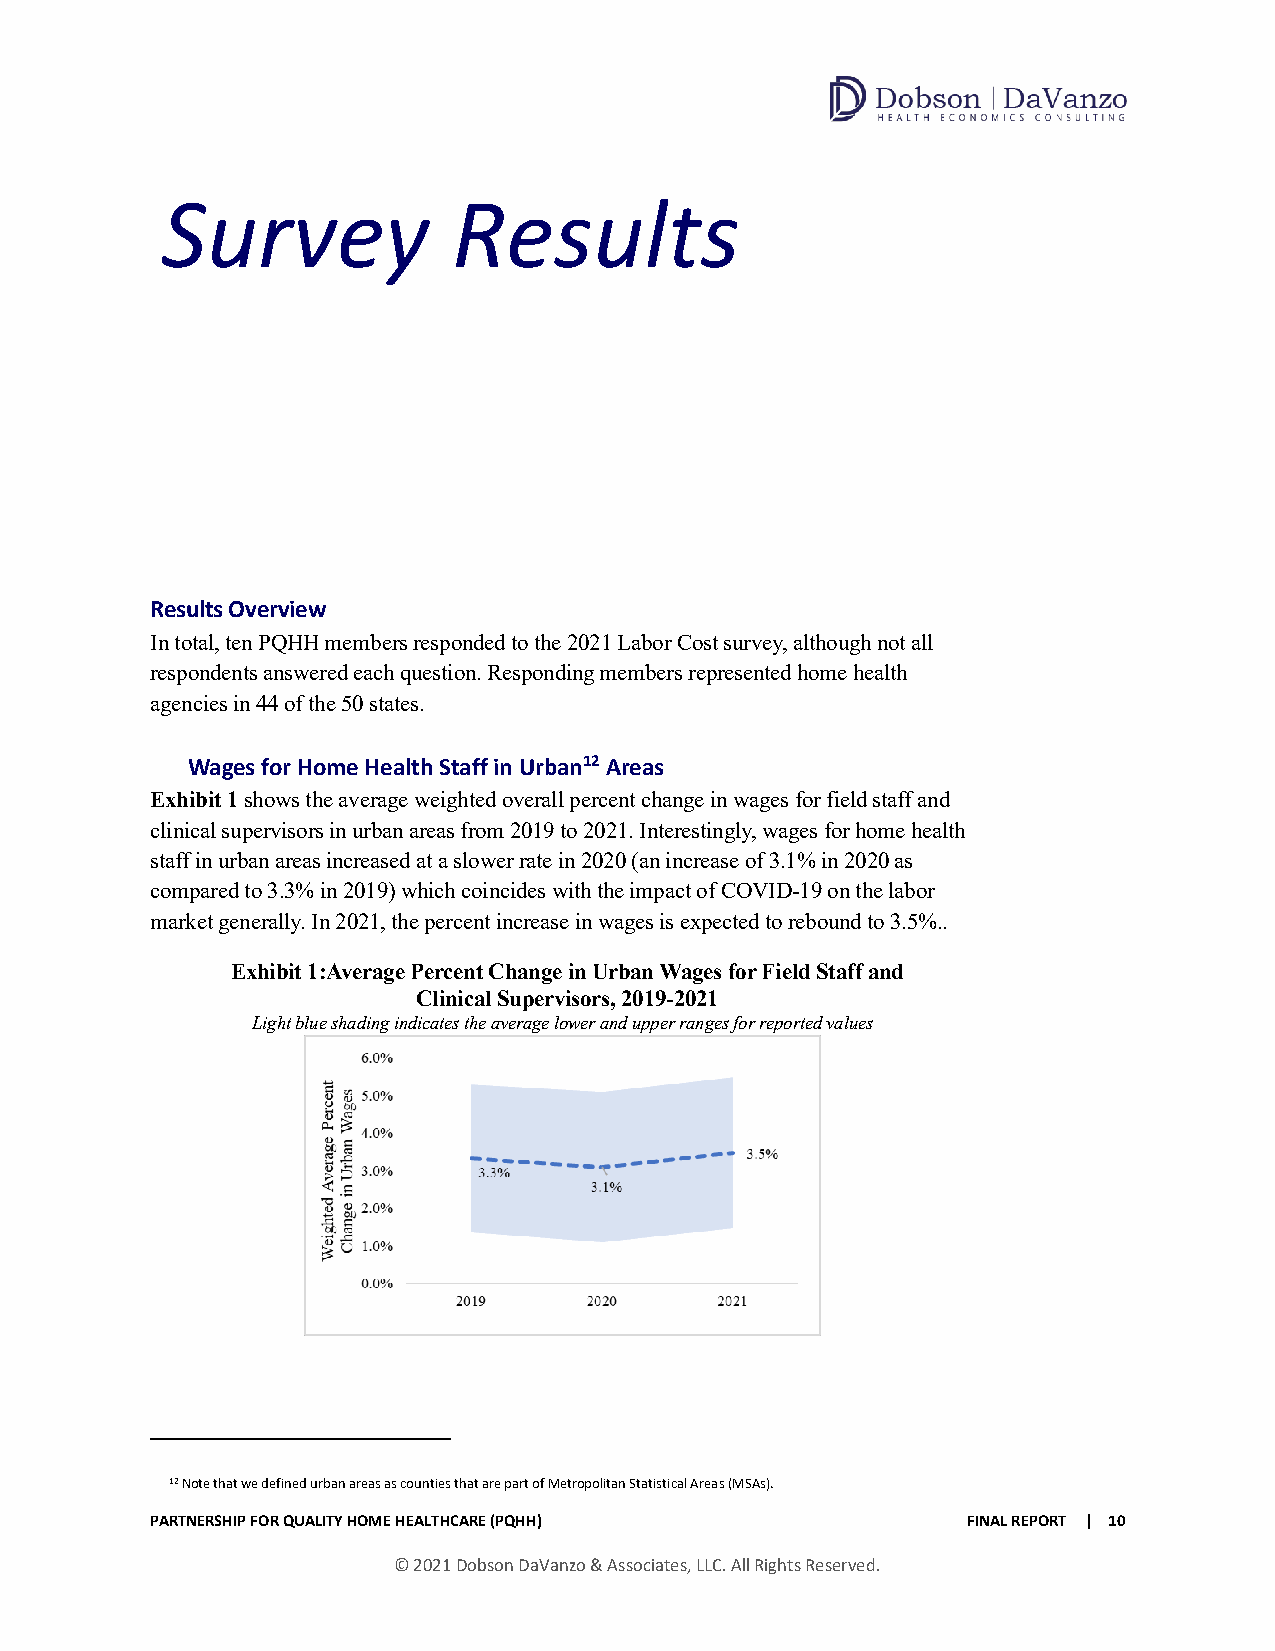
Survey             Results
 Results Overview
 In total, ten PQHH members responded to the 2021 Labor Cost survey, although not all
 respondents answered each question. Responding members represented home health
 agencies in 44 of the 50 states.
 Wages for Home Health Staff in Urban12 Areas
 Exhibit 1 shows the average weighted overall percent change in wages for field staff and
 clinical supervisors in urban areas from 2019 to 2021. Interestingly, wages for home health
 staff in urban areas increased at a slower rate in 2020 (an increase of 3.1% in 2020 as
 compared to 3.3% in 2019) which coincides with the impact of COVID-19 on the labor
 market generally. In 2021, the percent increase in wages is expected to rebound to 3.5%..
 Exhibit 1:Average Percent Change in Urban Wages for Field Staff and
 Clinical Supervisors, 2019-2021
 Light blue shading indicates the average lower and upper ranges for reported values
 12 Note that we defined urban areas as counties that are part of Metropolitan Statistical Areas (MSAs).
 PARTNERSHIP FOR QUALITY HOME HEALTHCARE (PQHH)        FINAL REPORT | 10
 © 2021 Dobson DaVanzo & Associates, LLC. All Rights Reserved.